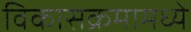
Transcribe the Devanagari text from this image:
विकासक्रमामध्ये